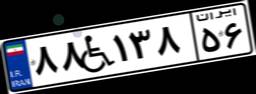
۸۸W۱۳۸۵۶